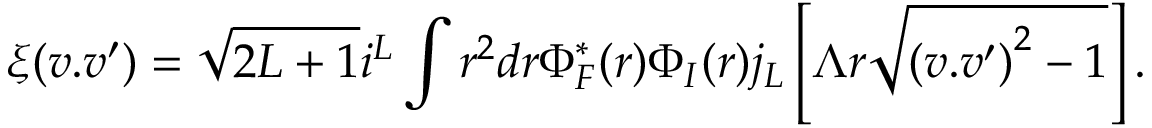
\xi ( v . v ^ { \prime } ) = \sqrt { 2 L + 1 } i ^ { L } \int r ^ { 2 } d r \Phi _ { F } ^ { * } ( r ) \Phi _ { I } ( r ) j _ { L } \left[ \Lambda r \sqrt { { ( v . v ^ { \prime } ) } ^ { 2 } - 1 } \right] .